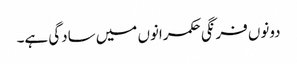
دونوں فرنگی حکمرانوں میں سادگی ہے۔